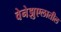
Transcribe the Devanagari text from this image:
वेनेझुएलातील